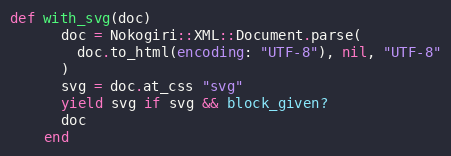
Language: Ruby
def with_svg(doc)
      doc = Nokogiri::XML::Document.parse(
        doc.to_html(encoding: "UTF-8"), nil, "UTF-8"
      )
      svg = doc.at_css "svg"
      yield svg if svg && block_given?
      doc
    end